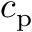
c _ { \mathrm { p } }